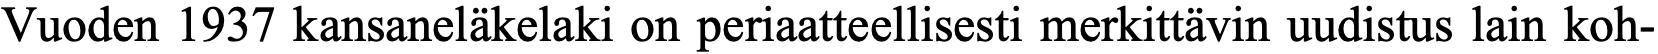
Vuoden 1937 kansaneläkelaki on periaatteellisesti merkittävin uudistus lain koh-